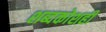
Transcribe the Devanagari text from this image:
शब्दकोशही